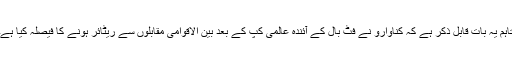
تاہم یہ بات قابل ذکر ہے کہ کناوارو نے فٹ بال کے آئندہ عالمی کپ کے بعد بین الاقوامی مقابلوں سے ریٹائر ہونے کا فیصلہ کیا ہے۔